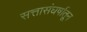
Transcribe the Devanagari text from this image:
सत्तासंघर्षातून